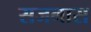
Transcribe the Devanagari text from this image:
सजनास